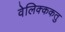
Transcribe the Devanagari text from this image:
वेलिक्ककतु